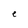
Character: e